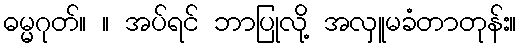
ဓမ္မဂုတ်။ ။ အပ်ရင် ဘာပြုလို့ အလှူမခံတာတုန်း။